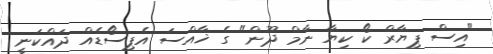
"އިސް ޕިޔާރް ކޯ ކިޔާ ނާމް ދޫން" ގެ ޚާއްސަ އެޕިސޯޑެއް ދައްކަނީ